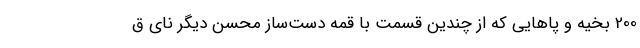
200 بخیه و پاهایی که از چندین قسمت با قمه دست‌ساز محسن دیگر نای ق